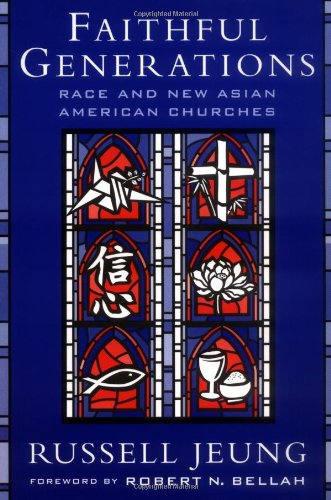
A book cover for Faithful Generations: Race and New Asian American Churches; Russell  Jeung; Religion & Spirituality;